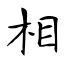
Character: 相